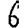
Digit: 6